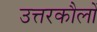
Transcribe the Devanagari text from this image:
उत्तरकौलों